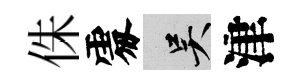
侏𠁅吴津